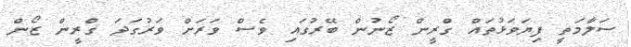
ސަލާމަތީ ފިޔަވަޅުތައް ގްރީން ޒޯނުން ބޭރުގައި ވެސް ވަރަށް ވަރުގަދަ ގްރީން ޒޯން